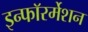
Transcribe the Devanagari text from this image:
इन्फाॅरर्मेशन